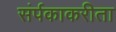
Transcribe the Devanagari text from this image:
संर्पकाकरीता